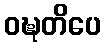
ဝဍ္ဎတိပေ